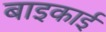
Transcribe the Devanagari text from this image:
बाइकाई